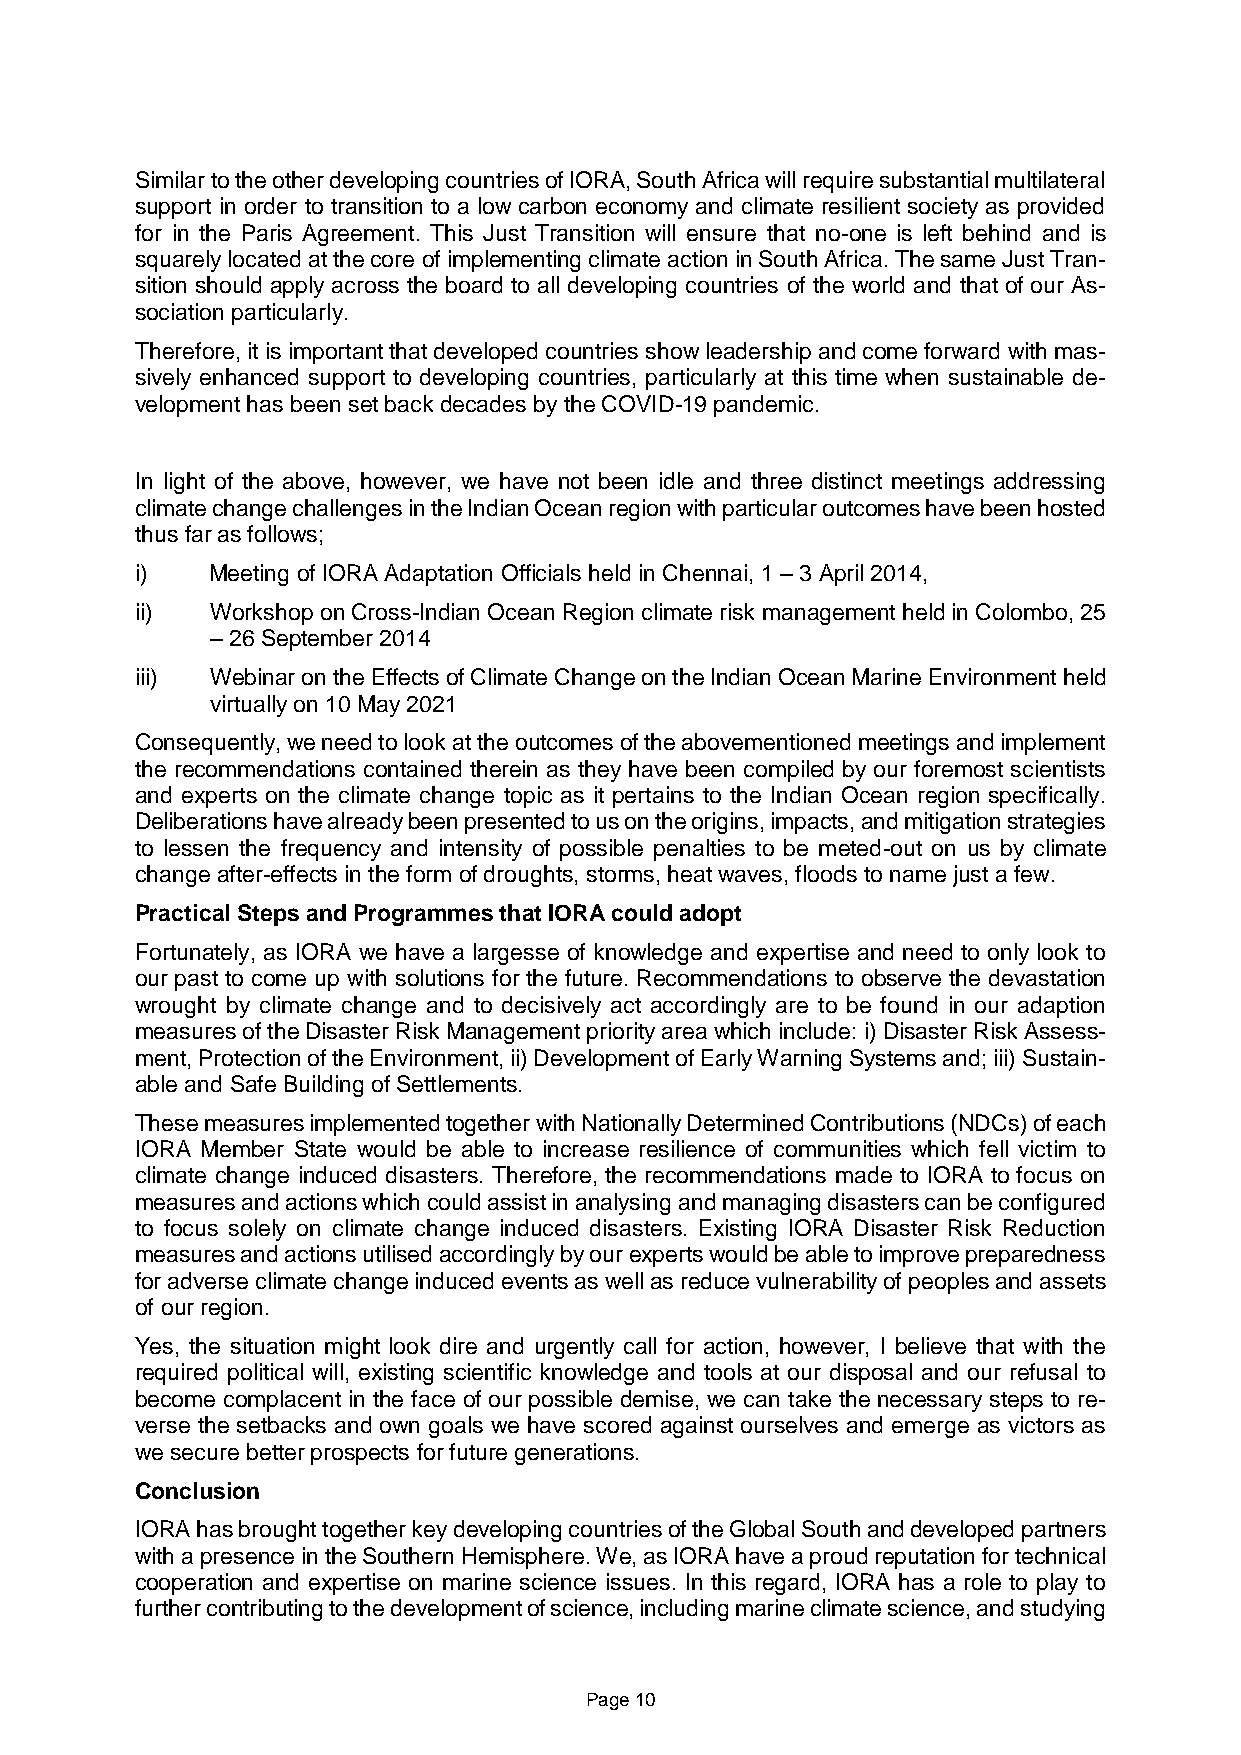
Similar to the other developing countries of IORA, South Africa will require substantial multilateral
 support in order to transition to a low carbon economy and climate resilient society as provided
 for in the Paris Agreement. This Just Transition will ensure that no-one is left behind and is
 squarely located at the core of implementing climate action in South Africa. The same Just Tran-
 sition should apply across the board to all developing countries of the world and that of our As-
 sociation particularly.
 Therefore, it is important that developed countries show leadership and come forward with mas-
 sively enhanced support to developing countries, particularly at this time when sustainable de-
 velopment has been set back decades by the COVID-19 pandemic.
 In light of the above, however, we have not been idle and three distinct meetings addressing
 climate change challenges in the Indian Ocean region with particular outcomes have been hosted
 thus far as follows;
 i)   Meeting of IORA Adaptation Officials held in Chennai, 1 – 3 April 2014,
 ii)  Workshop on Cross-Indian Ocean Region climate risk management held in Colombo, 25
 – 26 September 2014
 iii) Webinar on the Effects of Climate Change on the Indian Ocean Marine Environment held
 virtually on 10 May 2021
 Consequently, we need to look at the outcomes of the abovementioned meetings and implement
 the recommendations contained therein as they have been compiled by our foremost scientists
 and experts on the climate change topic as it pertains to the Indian Ocean region specifically.
 Deliberations have already been presented to us on the origins, impacts, and mitigation strategies
 to lessen the frequency and intensity of possible penalties to be meted-out on us by climate
 change after-effects in the form of droughts, storms, heat waves, floods to name just a few.
 Practical Steps and Programmes that IORA could adopt
 Fortunately, as IORA we have a largesse of knowledge and expertise and need to only look to
 our past to come up with solutions for the future. Recommendations to observe the devastation
 wrought by climate change and to decisively act accordingly are to be found in our adaption
 measures of the Disaster Risk Management priority area which include: i) Disaster Risk Assess-
 ment, Protection of the Environment, ii) Development of Early Warning Systems and; iii) Sustain-
 able and Safe Building of Settlements.
 These measures implemented together with Nationally Determined Contributions (NDCs) of each
 IORA Member State would be able to increase resilience of communities which fell victim to
 climate change induced disasters. Therefore, the recommendations made to IORA to focus on
 measures and actions which could assist in analysing and managing disasters can be configured
 to focus solely on climate change induced disasters. Existing IORA Disaster Risk Reduction
 measures and actions utilised accordingly by our experts would be able to improve preparedness
 for adverse climate change induced events as well as reduce vulnerability of peoples and assets
 of our region.
 Yes, the situation might look dire and urgently call for action, however, I believe that with the
 required political will, existing scientific knowledge and tools at our disposal and our refusal to
 become complacent in the face of our possible demise, we can take the necessary steps to re-
 verse the setbacks and own goals we have scored against ourselves and emerge as victors as
 we secure better prospects for future generations.
 Conclusion
 IORA has brought together key developing countries of the Global South and developed partners
 with a presence in the Southern Hemisphere. We, as IORA have a proud reputation for technical
 cooperation and expertise on marine science issues. In this regard, IORA has a role to play to
 further contributing to the development of science, including marine climate science, and studying
 Page 10